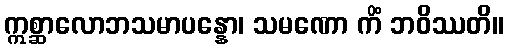
ဣစ္ဆာလောဘသမာပန္နော၊ သမဏော ကိံ ဘဝိဿတိ။